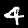
Label: 4